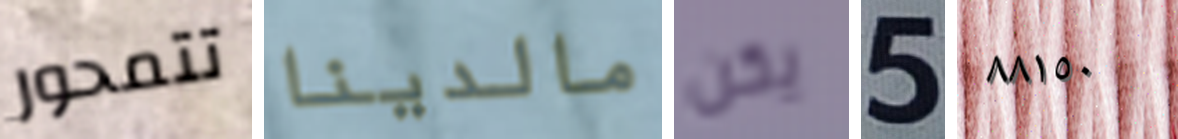
تتمحور مالدينا يكن 5 ٨٨١٥٠